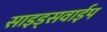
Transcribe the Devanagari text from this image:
साइड्सवाईप